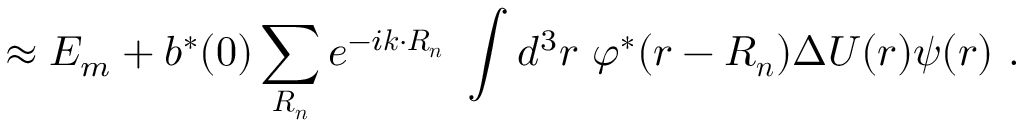
\approx E _ { m } + b ^ { * } ( 0 ) \sum _ { \boldsymbol { R _ { n } } } e ^ { - i { \boldsymbol { k \cdot R _ { n } } } } \ \int d ^ { 3 } r \ \varphi ^ { * } ( { \boldsymbol { r - R _ { n } } } ) \Delta U ( { \boldsymbol { r } } ) \psi ( { \boldsymbol { r } } ) \ .